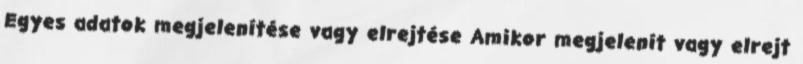
Egyes adatok megjelenítése vagy elrejtése Amikor megjelenít vagy elrejt